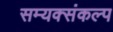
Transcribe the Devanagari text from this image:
सम्यक्संकल्प